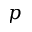
p